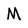
Character: M